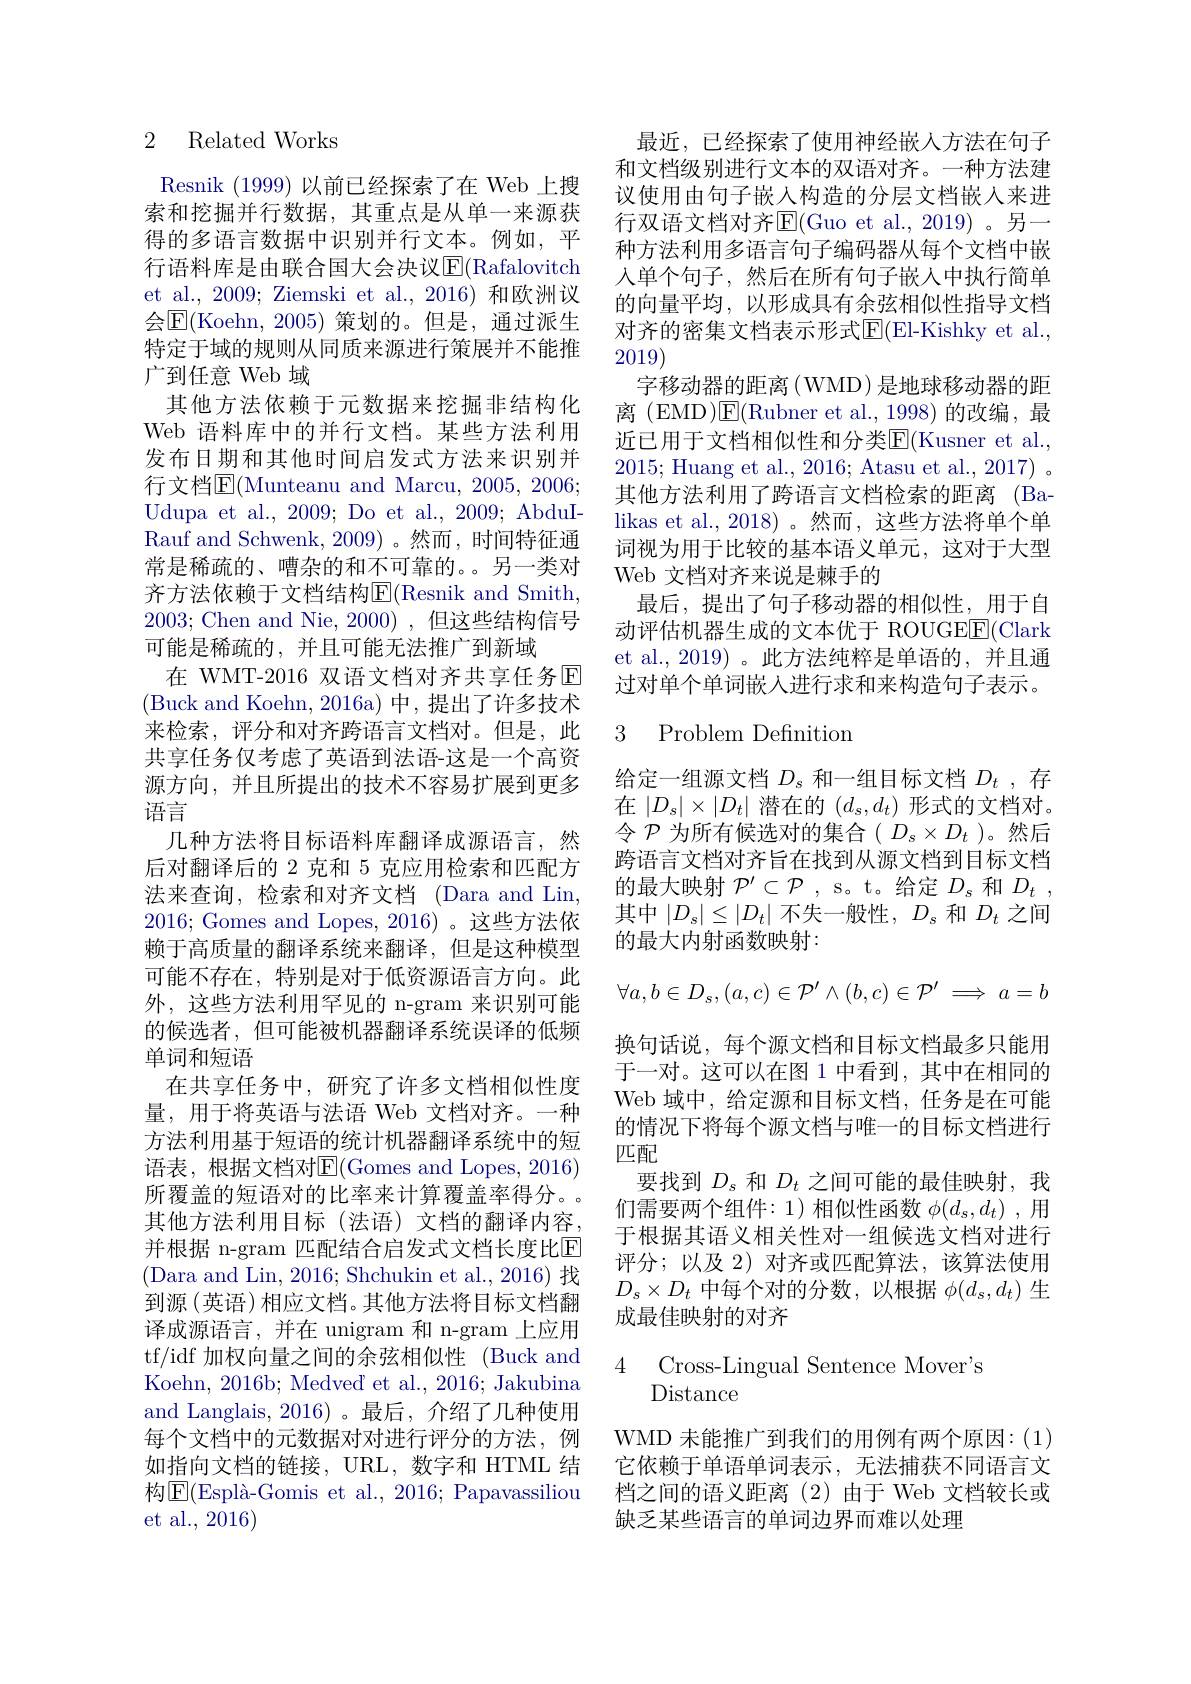
# 2 Related Works

特定于域的规则从同质来源进行策展并不能推
广到任意 Web 域

Resnik (1999)以前已经探索了在 Web 上搜索和挖掘并行数据，其重点是从单一来源获得的多语言数据中识别并行文本。例如，平行语料库是由联合国大会决议$\operatorname{E}($Rafalovitch et al., 2009; Ziemski et al., 2016) 和欧洲议会$\mathbb{E}($Koehn, 2005)策划的。但是，通过派生其他方法依赖于元数据来挖掘非结构化
Web 语料库中的并行文档。某些方法利用发布日期和其他时间启发式方法来识别并行文档$\overline{\mathrm{E}}($Munteanu and Marcu, 2005, 20063 Udupa et al., 2009; Do et al., 2009; AbduIRauf and Schwenk, 2009) 。然而，时间特征通常是稀疏的、嘈杂的和不可靠的。另一类对齐方法依赖于文档结构E(Resnik and Smith, 2003; Chen and Nie, 2000) ,但这些结构信号可能是稀疏的，并且可能无法推广到新域
在 WMT-2016 双语文档对齐共享任务$\mathbb{E}$ (Buck and Koehn, 2016a) 中，提出了许多技术来检索，评分和对齐跨语言文档对。但是，此共享任务仅考虑了英语到法语-这是一个高资源方向，并且所提出的技术不容易扩展到更多语言
几种方法将目标语料库翻译成源语言，然后对翻译后的 2 克和 5 克应用检索和匹配方法来查询，检索和对齐文档 (Dara and Lin, 2016; Gomes and Lopes, 2016)。这些方法依赖于高质量的翻译系统来翻译，但是这种模型可能不存在，特别是对于低资源语言方向。此外，这些方法利用罕见的 n-gram 来识别可能的候选者，但可能被机器翻译系统误译的低频单词和短语
在共享任务中，研究了许多文档相似性度量，用于将英语与法语 Web 文档对齐。一种方法利用基于短语的统计机器翻译系统中的短语表，根据文档对E(Gomes and Lopes, 2016) 所覆盖的短语对的比率来计算覆盖率得分。。其他方法利用目标(法语)文档的翻译内容并根据 n-gram 匹配结合启发式文档长度比E (Dara and Lin, 2016; Shchukin et al., 2016) 找到源(英语)相应文档。其他方法将目标文档翻译成源语言，并在 unigram 和 n-gram 上应用tf/idf 加权向量之间的余弦相似性 (Buck and Koehn, 2016b; Medved et al., 2016; Jakubina and Langlais, 2016)。最后，介绍了几种使用每个文档中的元数据对对进行评分的方法，例如指向文档的链接，URL, 数字和 HTML 结构$\boxed{\mathrm{E}}($Esplà-Gomis et al., 2016; Papavassiliou et al., 2016)

最近，已经探索了使用神经嵌入方法在句子和文档级别进行文本的双语对齐。一种方法建议使用由句子嵌人构造的分层文档嵌入来进行双语文档对齐$\operatorname{E}($Guo et al.,2019)。另一种方法利用多语言句子编码器从每个文档中嵌入单个句子，然后在所有句子嵌入中执行简单的向量平均，以形成具有余弦相似性指导文档对齐的密集文档表示形式$\overline{\mathrm{E}}($El-Kishky et al., 2019)
字移动器的距离(WMD) 是地球移动器的距离 (EMD)$\overline \mathrm{E}($Rubner et al.,1998)的改编，最近已用于文档相似性和分类E(Kusner et al., 2015; Huang et al., 2016; Atasu et al., 2017) 。其他方法利用了跨语言文档检索的距离 (Balikas et al.,2018)。然而，这些方法将单个单词视为用于比较的基本语义单元，这对于大型Web 文档对齐来说是棘手的
最后，提出了句子移动器的相似性，用于自动评估机器生成的文本优于 ROUGE$\underline{\mathrm{F}}($Clark et al.,2019)。此方法纯粹是单语的，并且通过对单个单词嵌人进行求和来构造句子表示。

### 3 Problem Definition

给定一组源文档$D_\mathrm{s}$和一组目标文档$D_t$,存在$|D_{s}|\times|D_{t}|$潜在的$(d_{s},d_{t})$形式的文档对。令$\mathcal{P}$为所有候选对的集合( $D_s\times D_t$ )。然后跨语言文档对齐旨在找到从源文档到目标文档的最大映射$\mathcal{P}^\prime\subset\mathcal{P}$ , s。t。给定$D_s$和$D_t$, 其中$|D_s|\leq|D_t|$不失一般性，$D_s$和$D_t$之间的最大内射函数映射：
$$\forall a,b\in D_s,(a,c)\in\mathcal{P}'\wedge(b,c)\in\mathcal{P}'\implies a=b$$
换句话说，每个源文档和目标文档最多只能用于一对。这可以在图 1 中看到，其中在相同的Web 域中，给定源和目标文档，任务是在可能的情况下将每个源文档与唯一的目标文档进行匹配
要找到$D_s$和$D_t$之间可能的最佳映射，我们需要两个组件：1)相似性函数$\phi(d_s,d_t)$ ,用于根据其语义相关性对一组候选文档对进行评分；以及 2)对齐或匹配算法，该算法使用$D_s\times D_t$中每个对的分数，以根据$\phi(d_s,d_t)$生成最佳映射的对齐

4 Cross-Lingual Sentence Mover's
Distance

WMD 未能推广到我们的用例有两个原因：(1) 它依赖于单语单词表示，无法捕获不同语言文档之间的语义距离(2)由于 Web 文档较长或缺乏某些语言的单词边界而难以处理